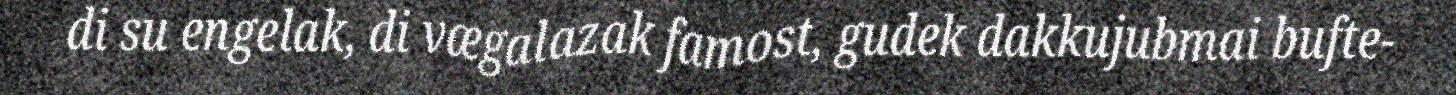
di su engelak, di vægalazak famost, gudek dakkujubmai bufte-